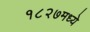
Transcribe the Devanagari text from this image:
१८२७मध्ये